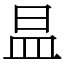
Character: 昷